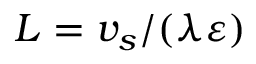
L = v _ { s } / ( \lambda \varepsilon )